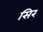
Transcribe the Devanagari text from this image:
सिर